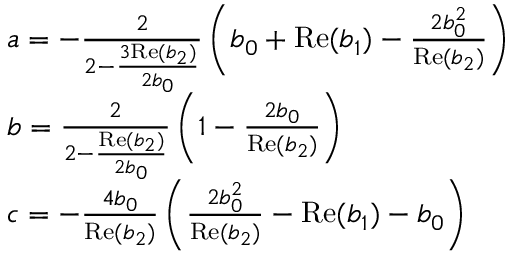
\begin{array} { r l } & { a = - \frac { 2 } { 2 - \frac { 3 \mathrm { R e } ( b _ { 2 } ) } { 2 b _ { 0 } } } \left( b _ { 0 } + \mathrm { R e } ( b _ { 1 } ) - \frac { 2 b _ { 0 } ^ { 2 } } { \mathrm { R e } ( b _ { 2 } ) } \right) } \\ & { b = \frac { 2 } { 2 - \frac { \mathrm { R e } ( b _ { 2 } ) } { 2 b _ { 0 } } } \left( 1 - \frac { 2 b _ { 0 } } { \mathrm { R e } ( b _ { 2 } ) } \right) } \\ & { c = - \frac { 4 b _ { 0 } } { \mathrm { R e } ( b _ { 2 } ) } \left( \frac { 2 b _ { 0 } ^ { 2 } } { \mathrm { R e } ( b _ { 2 } ) } - \mathrm { R e } ( b _ { 1 } ) - b _ { 0 } \right) } \end{array}